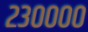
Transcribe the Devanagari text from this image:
२३००००